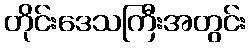
တိုင်းဒေသကြီးအတွင်း